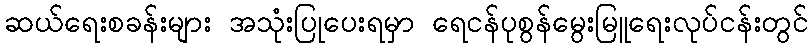
ဆယ်ရေးစခန်းများ အသုံးပြုပေးရမှာ ရေငန်ပုစွန်မွေးမြူရေးလုပ်ငန်းတွင်